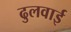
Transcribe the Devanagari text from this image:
ढुलवाई